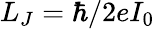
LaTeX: L_{J}=\hbar/2eI_{0}